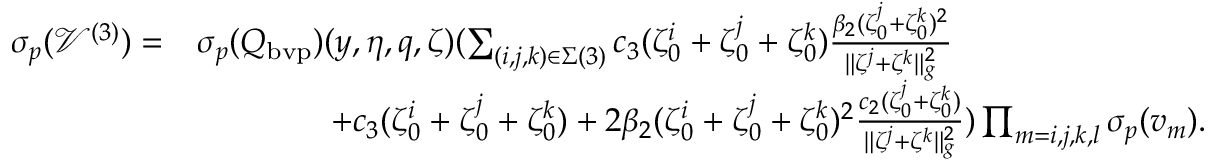
\begin{array} { r l } { { \sigma _ { p } } ( \mathcal { V } ^ { ( 3 ) } ) = } & { { \sigma _ { p } } ( Q _ { \mathrm { b v p } } ) ( y , \eta , q , \zeta ) ( \sum _ { ( i , j , k ) \in \Sigma ( 3 ) } c _ { 3 } ( \zeta _ { 0 } ^ { i } + \zeta _ { 0 } ^ { j } + \zeta _ { 0 } ^ { k } ) \frac { \beta _ { 2 } ( \zeta _ { 0 } ^ { j } + \zeta _ { 0 } ^ { k } ) ^ { 2 } } { \| { \zeta ^ { j } } + { \zeta ^ { k } } \| _ { g } ^ { 2 } } } \\ & { \quad \quad \quad \quad + c _ { 3 } ( \zeta _ { 0 } ^ { i } + \zeta _ { 0 } ^ { j } + \zeta _ { 0 } ^ { k } ) + 2 \beta _ { 2 } ( \zeta _ { 0 } ^ { i } + \zeta _ { 0 } ^ { j } + \zeta _ { 0 } ^ { k } ) ^ { 2 } \frac { c _ { 2 } ( \zeta _ { 0 } ^ { j } + \zeta _ { 0 } ^ { k } ) } { \| { \zeta ^ { j } } + { \zeta ^ { k } } \| _ { g } ^ { 2 } } ) \prod _ { m = i , j , k , l } { \sigma _ { p } } ( v _ { m } ) . } \end{array}